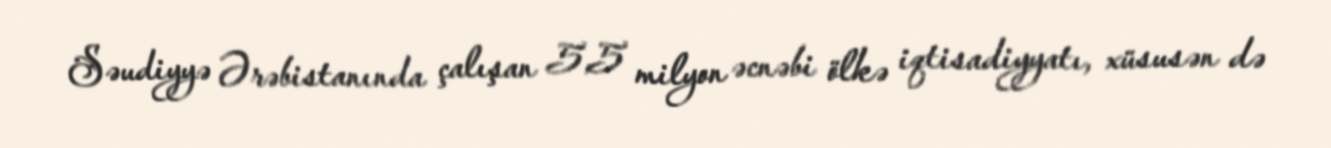
Səudiyyə Ərəbistanında çalışan 5,5 milyon əcnəbi ölkə iqtisadiyyatı, xüsusən də